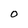
Character: 0